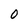
Character: 0